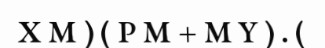
X M ) ( P M + M Y ) . (